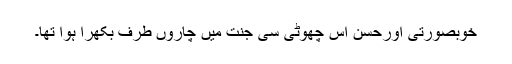
خوبصورتی اورحسن اس چھوٹی سی جنت میں چاروں طرف بکھرا ہوا تھا۔